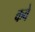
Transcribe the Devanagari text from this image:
कवे